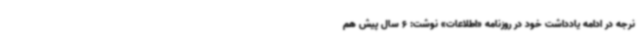
نرجه در ادامه یادداشت خود در روزنامه «اطلاعات» نوشت: 6 سال پیش هم